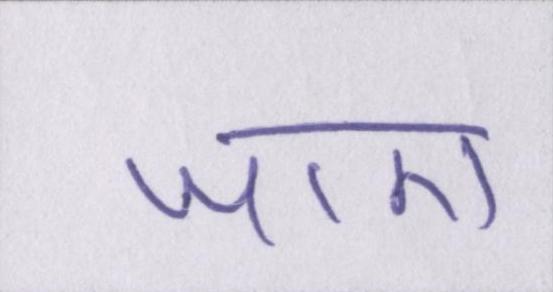
जाए